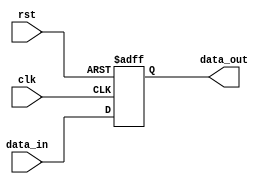
module register (
    input clk,
    input rst,
    input [7:0] data_in,
    output reg [7:0] data_out
);

reg [7:0] reg_data;

always @(posedge clk or posedge rst) begin
    if (rst) begin
        reg_data <= 8'b0;
    end else begin
        reg_data <= data_in;
    end
end

assign data_out = reg_data;

endmodule